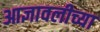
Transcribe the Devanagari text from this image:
आज्ञावलीच्या